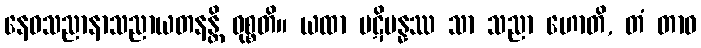
နေဝသညာနာသညာယတနန္တိ ဝုစ္စတိ။ ယထာ ပဋိပန္နဿ သာ သညာ ဟောတိ, တံ တာဝ